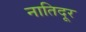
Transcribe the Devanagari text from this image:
नातिदूर